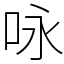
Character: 咏